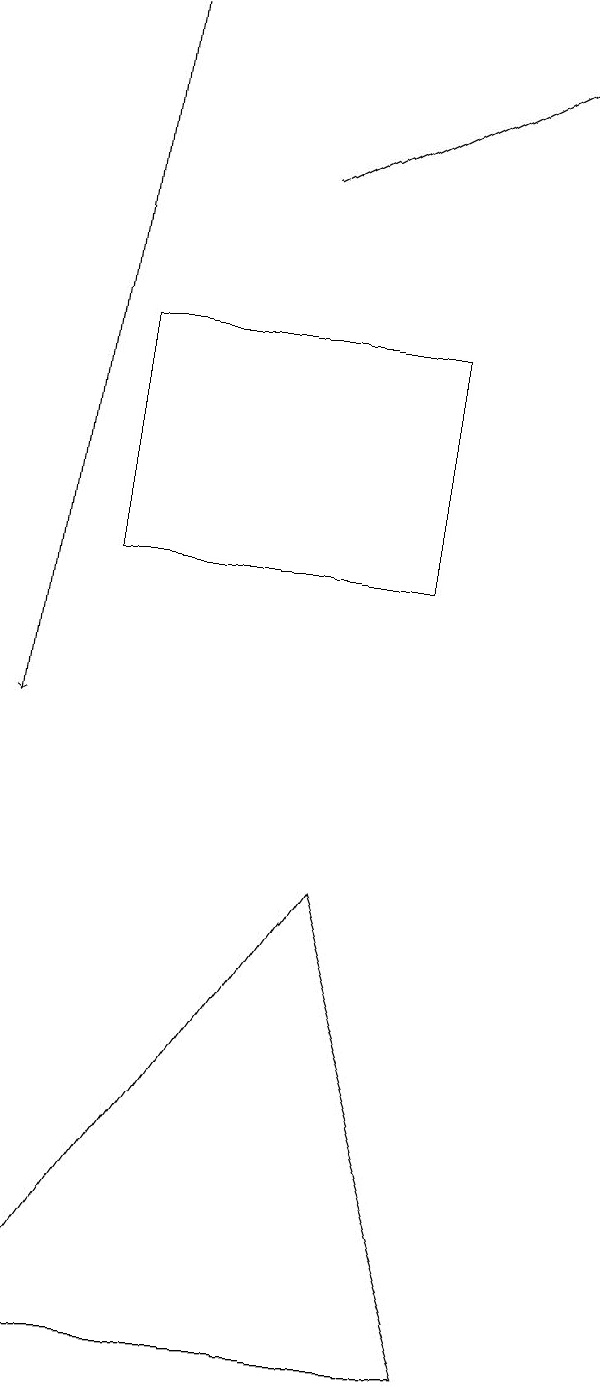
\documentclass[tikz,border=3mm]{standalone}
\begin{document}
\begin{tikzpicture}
\draw[->] (1,19) -- (0,10);
\draw (5,15) rectangle (1,12);
\draw (6,2) -- (4,8) -- (0,2) -- cycle;
\draw[->] (3,17) -- (7,19);
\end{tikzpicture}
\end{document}